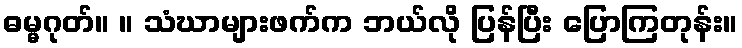
ဓမ္မဂုတ်။ ။ သံဃာများဖက်က ဘယ်လို ပြန်ပြီး ပြောကြတုန်း။